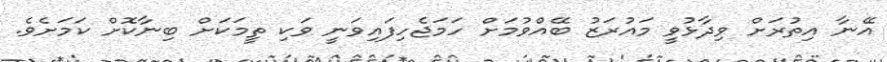
އޭނާ އިތުރަށް ވިދާޅުވީ މައުރަޒު ބޭއްވުމަށް ހަމަޖެހިފައިވަނީ ވަކި ތީމަކަށް ބިނާކޮށް ކަމަށެވެ.